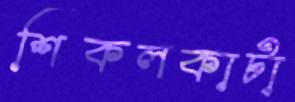
শিকলকাটা